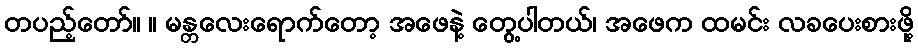
တပည့်တော်။ ။ မန္တလေးရောက်တော့ အဖေနဲ့ တွေ့ပါတယ်၊ အဖေက ထမင်း လခပေးစားဖို့